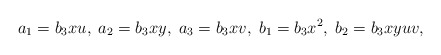
\begin{align*}a_1=b_3xu,\;a_2=b_3xy,\;a_3=b_3xv,\;b_1=b_3x^2,\;b_2=b_3xyuv, \end{align*}